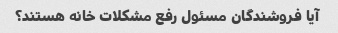
آیا فروشندگان مسئول رفع مشکلات خانه هستند؟